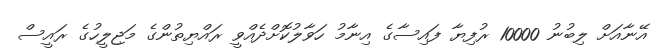
އޭނާއަށް ލިބުނު 10000 ރުފިޔާ ފައިސާގެ އިނާމު ހަވާލުކޮށްދެއްވީ ރައްޔިތުންގެ މަޖިލީހުގެ ރައީސް